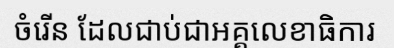
ចំរើន ដែលជាប់ជាអគ្គលេខាធិការ